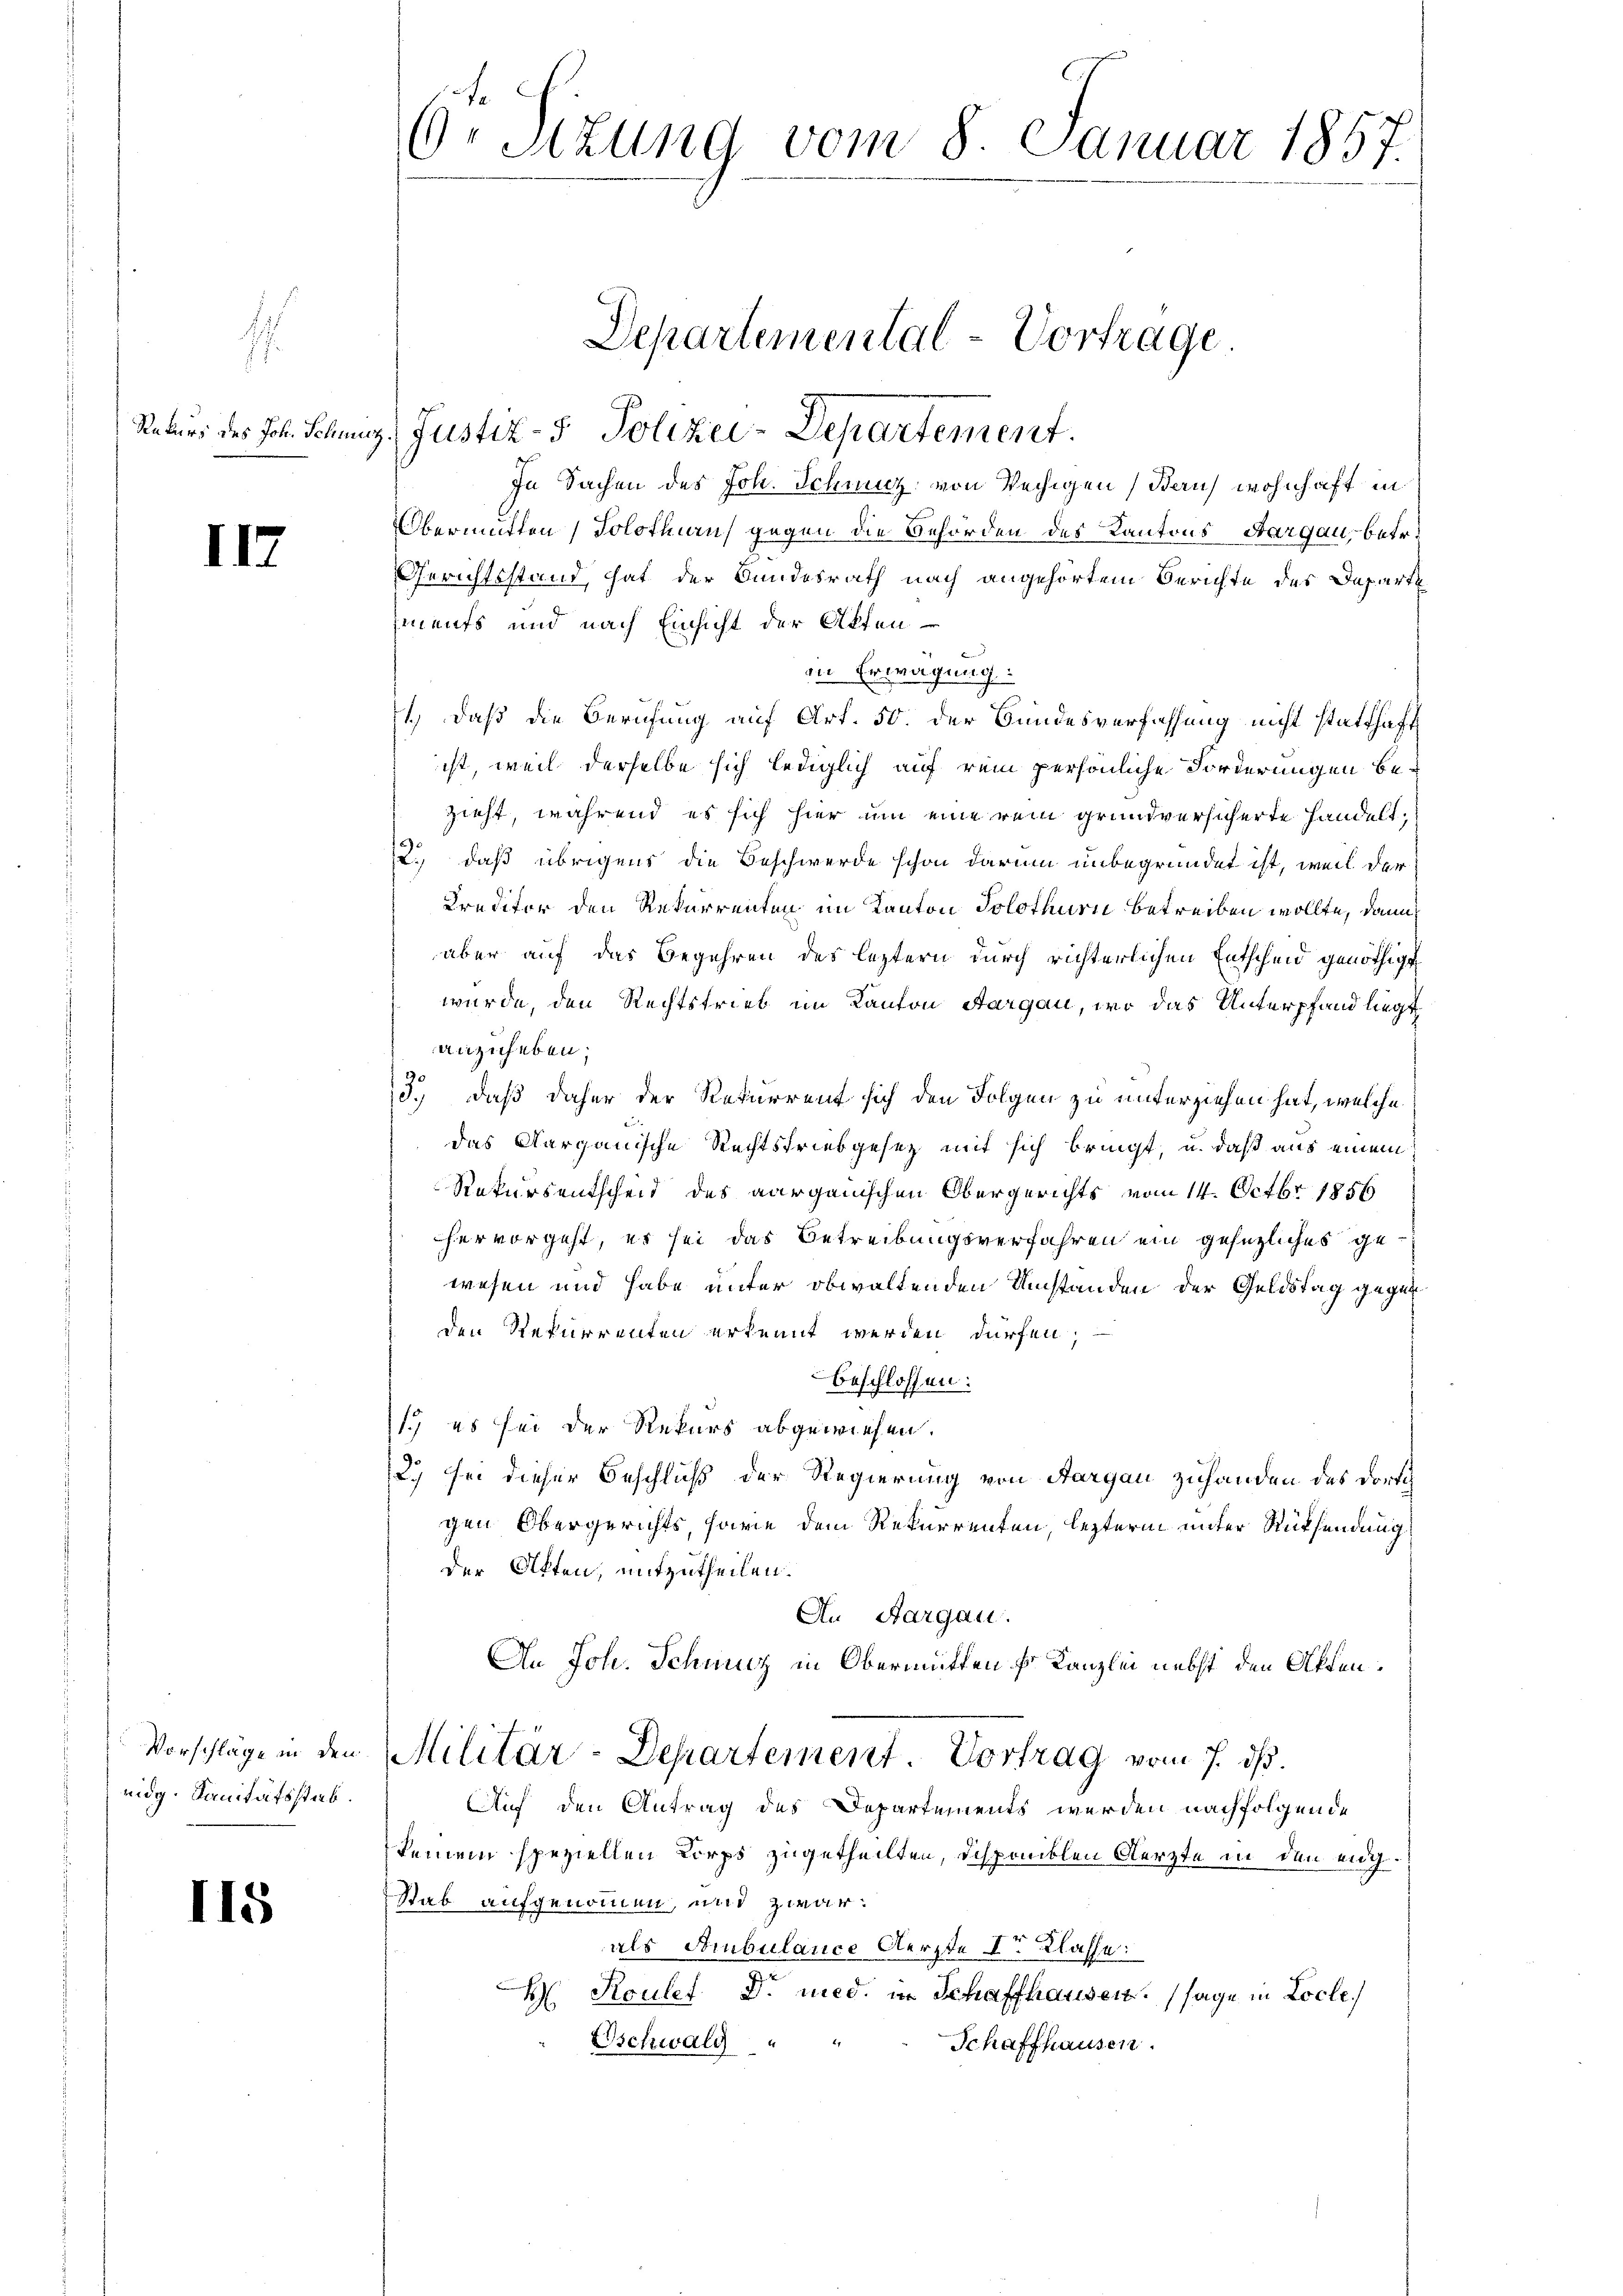
.

II7

eidg. Sanitätsstab.

I15

Reurs des Joh. Schweiz, Justiz- & Polizei-Departement.
In Sachen des Joh. Schmutz, von Vechigen (Bau) wohnhaft in
Obermitten Solothurn, gegen die Behörden des Kantons Aargau, betr.
Gerichtsstand, hat der Bundesrath nach angehörtem Berichte des Departe
hinaufs und nach Einsicht der Akten
in Ertragung:
) daß die Berufung auf Art. 50. der Bundesverfassung nicht statthaft
ist, weil derselbe sich lediglich auf rein persönliche Forderungen bezieht, während es sich hier um eine rein grundversicherte handelt,
2., daß übrigens die Beschwerde schon darum unbegründet ist, weil der
Kreditor den Rekurrenten im Kanton Solothurn betreiben wollte, dann
aber auf das Begehren des leztern durch richterlichen Entscheid genöthigt
wurde, den Rechtstrieb im Kanton Aargau, wo das Unterpfand liegt
anzuheben;
3.) daß daher der Rekurrent sich den Folgen zu unterziehen hat, welche
das Aargauische Rechtstriebgesez mit sich bringt, u. daß aus einem
Rekursentscheid des aargauischen Obergerichts vom 14. Octbr. 1856
her vorgeht, es sei das Betreibungsverfahren ein gesezliches gewesen und habe unter obwaltenden Umständen der Geldstag gegen
den Rekurrenten erkennt werden dürfen,
beschlossen:
1. es sei der Rekurs abgewiesen.
2.) Sei dieser Beschluß der Regierung von Aargau zuhanden des Dorfe
gen Obergerichts, sowie dem Rekurrenten, lezterm unter Rücksendung
der Akten, mitzutheilen.
An Aargau.
An Joh. Schmuz in Obermitten v. Kanzlei nebst den Akten.
Vorschläge in den Militär-Departement. Vortrag vom 7. ds.
Auf den Antrag des Departements werden nachfolgende
keinem speziellen Korps zugetheilten, despanklen Aerzte in den eigstab aufgenommen, und zwar:
als Ambulance Aerzte der Klasse:
H. Koulef Dr. med. in Schaffhausen. (sage in Loche
Schaffhausen.
Eschwald

.
O. Sitzung vom 8. Januar 1851.

Departemental-Vortrage